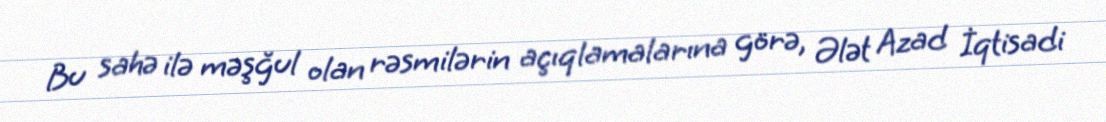
Bu sahə ilə məşğul olan rəsmilərin açıqlamalarına görə, Ələt Azad İqtisadi